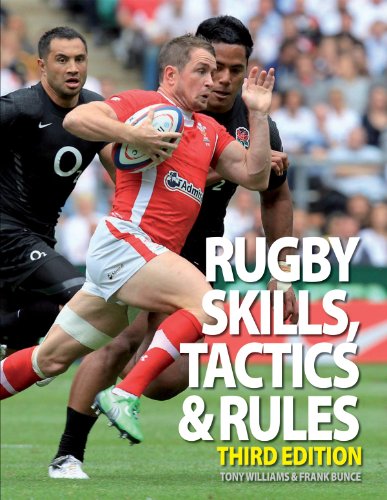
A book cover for Rugby Skills, Tactics and Rules; Tony Williams; Sports & Outdoors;